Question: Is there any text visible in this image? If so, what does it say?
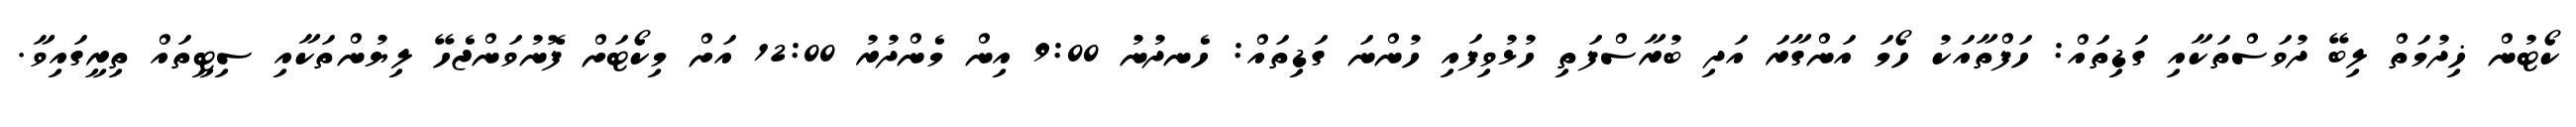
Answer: ކޯޓުން ޚިދުމަތް ލިބޭ ދުވަސްތަކާއި ގަޑިތައް: ހަފްތާއަކު ހޯމަ އަންގާރަ އަދި ބުރާސްފަތި ހުޅުވިފައި ހުންނަ ގަޑިތައް: ހެނދުނު 9:00 އިން މެންދުރު 12:00 އަށް މިކޯޓަށް ފޮނުވަންޖެހޭ ލިޔުންތަކާއި ސިޓީތައް ތިރީގައިވާ.